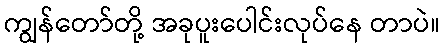
ကျွန်တော်တို့ အခုပူးပေါင်းလုပ်နေ တာပဲ။